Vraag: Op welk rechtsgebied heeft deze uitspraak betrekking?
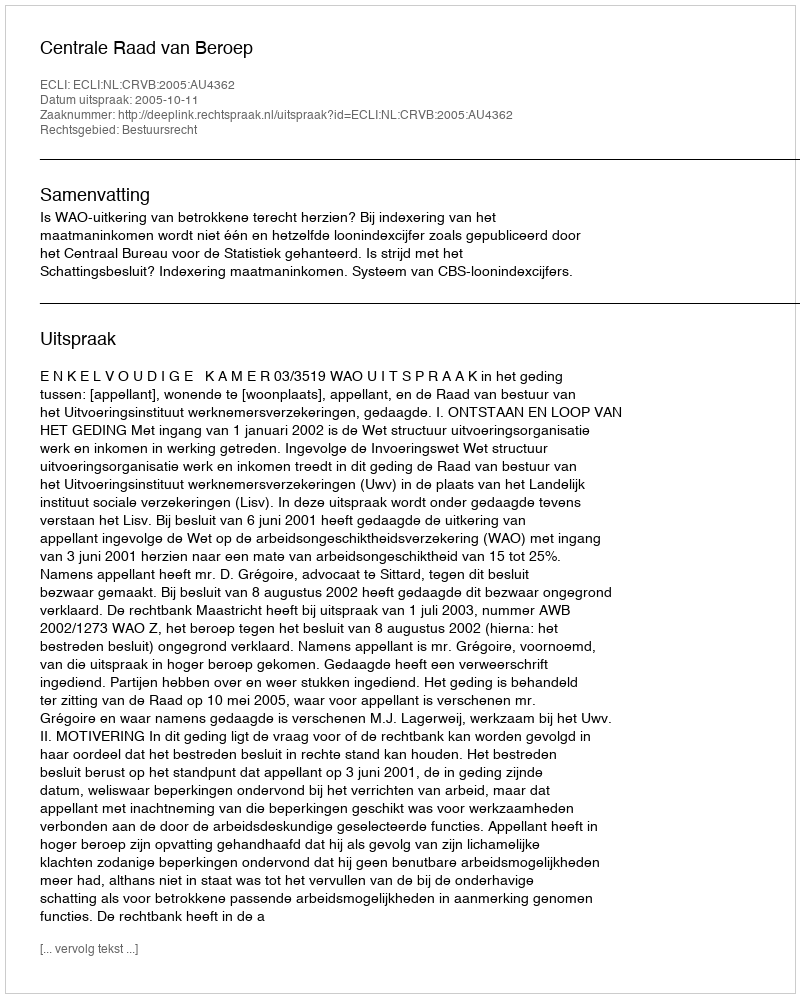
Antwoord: Bestuursrecht